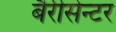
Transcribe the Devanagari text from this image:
बैरीसेन्टर